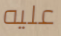
عليه